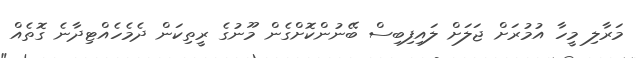
މަރާލި މީހާ އުމުރަށް ޖަލަށް ލައިފިބިސް ބޭނުންކޮށްގެން މޫނުގެ ރީތިކަން ދެމެހެއްޓިދާނެ ގޮތެއް